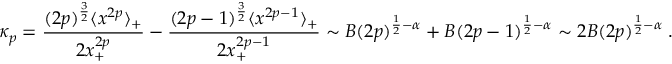
\kappa _ { p } = \frac { ( 2 p ) ^ { \frac { 3 } { 2 } } \langle x ^ { 2 p } \rangle _ { + } } { 2 x _ { + } ^ { 2 p } } - \frac { ( 2 p - 1 ) ^ { \frac { 3 } { 2 } } \langle x ^ { 2 p - 1 } \rangle _ { + } } { 2 x _ { + } ^ { 2 p - 1 } } \sim B ( 2 p ) ^ { \frac { 1 } { 2 } - \alpha } + B ( 2 p - 1 ) ^ { \frac { 1 } { 2 } - \alpha } \sim 2 B ( 2 p ) ^ { \frac { 1 } { 2 } - \alpha } \; .